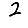
Digit: 2